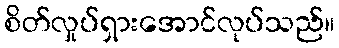
စိတ်လှုပ်ရှားအောင်လုပ်သည်။